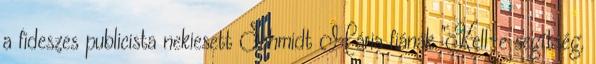
a fideszes publicista nekiesett Schmidt Mária fiának "Kell-e segítség,